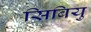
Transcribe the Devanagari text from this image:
सिबियु